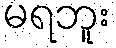
မရဘူး